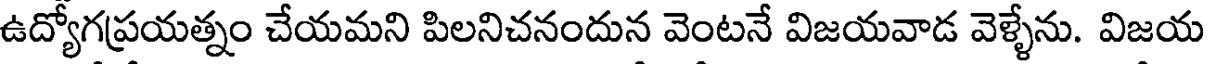
ఉద్యోగప్రయత్నం చేయమని పిలనిచనందున వెంటనే విజయవాడ వెళ్ళేను. విజయ